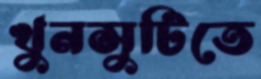
খুনসুটিতে